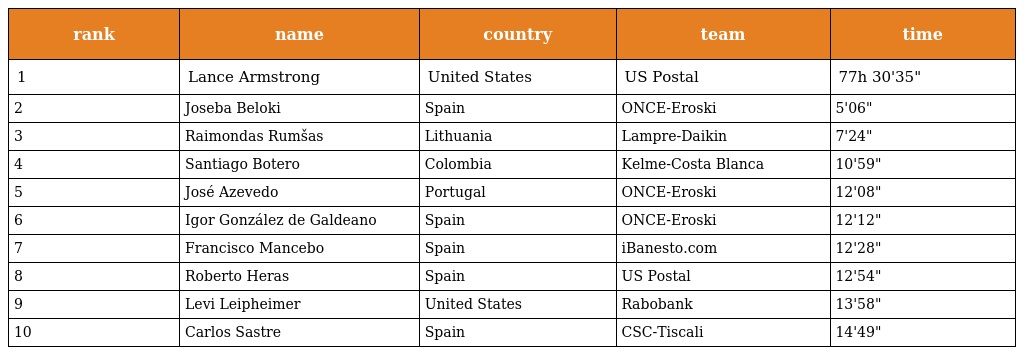
| rank | name | country | team | time |
 | --- | --- | --- | --- | --- |
 | 1 | Lance Armstrong | United States | US Postal | 77h 30'35" |
 | 2 | Joseba Beloki | Spain | ONCE-Eroski | 5'06" |
 | 3 | Raimondas Rumšas | Lithuania | Lampre-Daikin | 7'24" |
 | 4 | Santiago Botero | Colombia | Kelme-Costa Blanca | 10'59" |
 | 5 | José Azevedo | Portugal | ONCE-Eroski | 12'08" |
 | 6 | Igor González de Galdeano | Spain | ONCE-Eroski | 12'12" |
 | 7 | Francisco Mancebo | Spain | iBanesto.com | 12'28" |
 | 8 | Roberto Heras | Spain | US Postal | 12'54" |
 | 9 | Levi Leipheimer | United States | Rabobank | 13'58" |
 | 10 | Carlos Sastre | Spain | CSC-Tiscali | 14'49" |